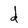
Character: d